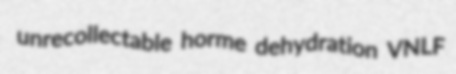
unrecollectable horme dehydration VNLF